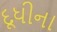
દૂધીના